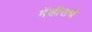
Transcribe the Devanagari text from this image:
मेंडीसचे